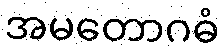
အမတောဂဓံ